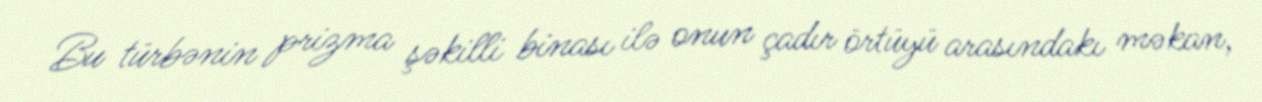
Bu türbənin prizma şəkilli binası ilə onun çadır örtüyü arasındakı məkan,